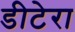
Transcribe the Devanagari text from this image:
डीटेरा